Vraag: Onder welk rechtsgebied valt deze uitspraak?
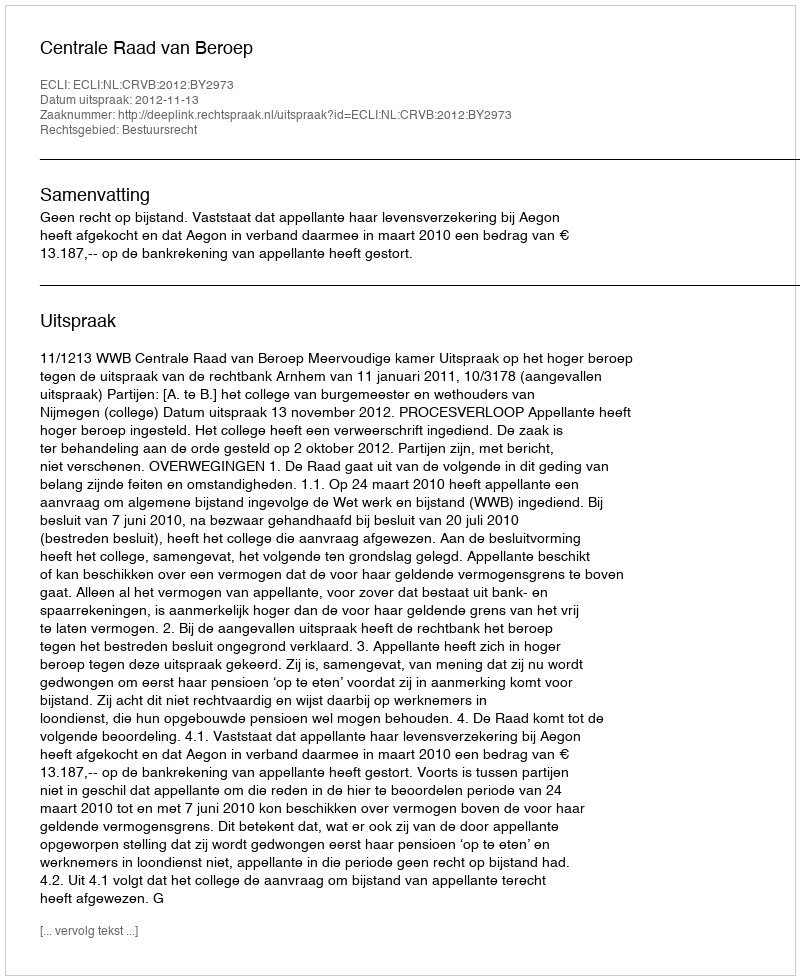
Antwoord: Bestuursrecht